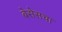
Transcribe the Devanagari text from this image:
बेसेसचा